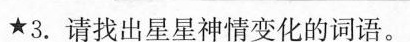
★3.请找出星星神情变化的词语。